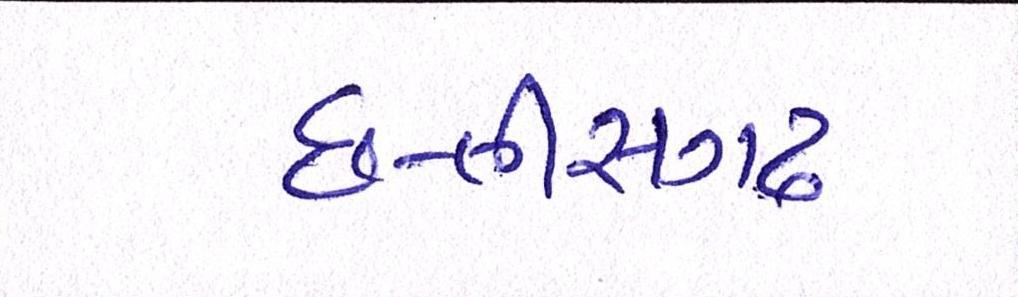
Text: છત્તીસગઢ